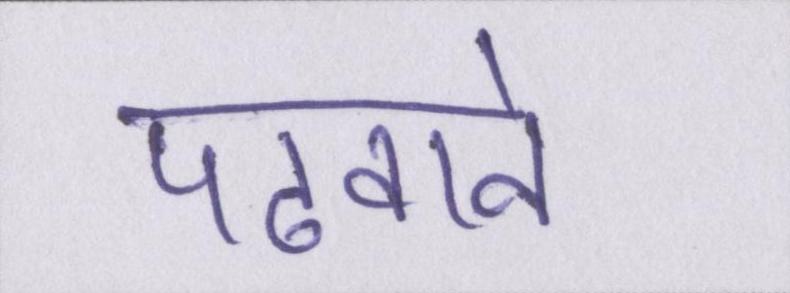
पढवाने